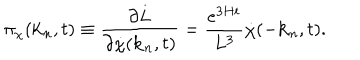
LaTeX: \pi _ { \chi } ( { \bf k } _ { n } , t ) \equiv \frac { \partial L } { \partial { \dot { \chi } } ( { \bf k } _ { n } , t ) } = \frac { e ^ { 3 H t } } { L ^ { 3 } } { \dot { \chi } } ( - { \bf k } _ { n } , t ) .